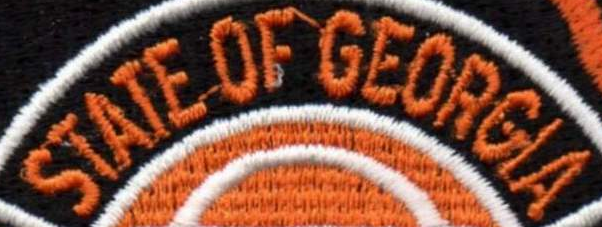
STATE OF GEORGLA